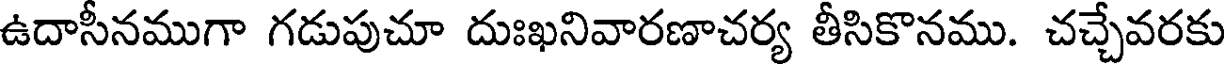
ఉదాసీనముగా గడుపుచూ దుఃఖనివారణాచర్య తీసికొనము. చచ్చేవరకు